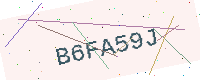
Text: B6FA59J